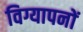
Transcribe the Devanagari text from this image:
विग्यापनों